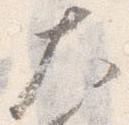
太